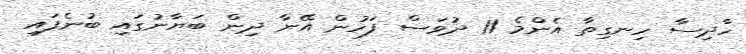
ހާދިސާ ހިނގިތާ އެންމެ 11 ދުވަސް ފަހުން އޭނާ ދިން ބަޔާނުގައި ބުނެފައި